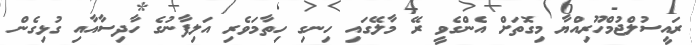
ރައީސުލްޖުމްހޫރިއްޔާ މިގޮތަށް އެންގެވީ ރޭ މާލޭގައި ހިނގި ހިތާމަވެރި އަލިފާނުގެ ހާދިސާއާއި ގުޅިގެން